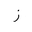
Letter: _zay